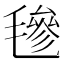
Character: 𣯶